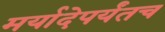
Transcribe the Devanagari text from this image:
मर्यादेपर्यंतच